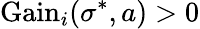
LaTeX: {\mathrm{Gain}}_{i}(\sigma^{*},a)>0